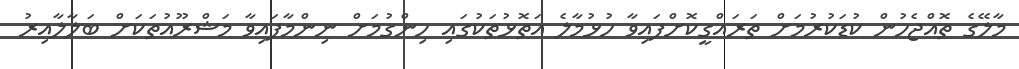
މާލޭގެ ތޮއްޖެހުން ކުޑަކުރުމަށް ތަރައްގީކޮށްފައިވާ ހުޅުމާލެ އަތޮޅުތަކުގައި ހިންގުމަށް ނިންމާފައިވާ މަޝްރޫއުތަކަށް ބަލާލާއިރު